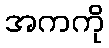
အကကို